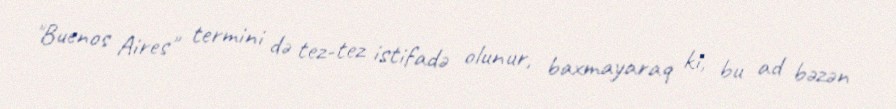
"Buenos Aires" termini də tez-tez istifadə olunur, baxmayaraq ki, bu ad bəzən